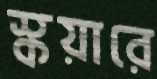
স্কয়ারে